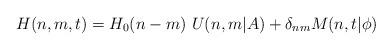
LaTeX: \begin{align*}H(n,m,t)=H_0(n-m)\ U(n,m\vert A)+\delta_{nm}M(n,t\vert\phi )\end{align*}